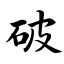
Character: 破